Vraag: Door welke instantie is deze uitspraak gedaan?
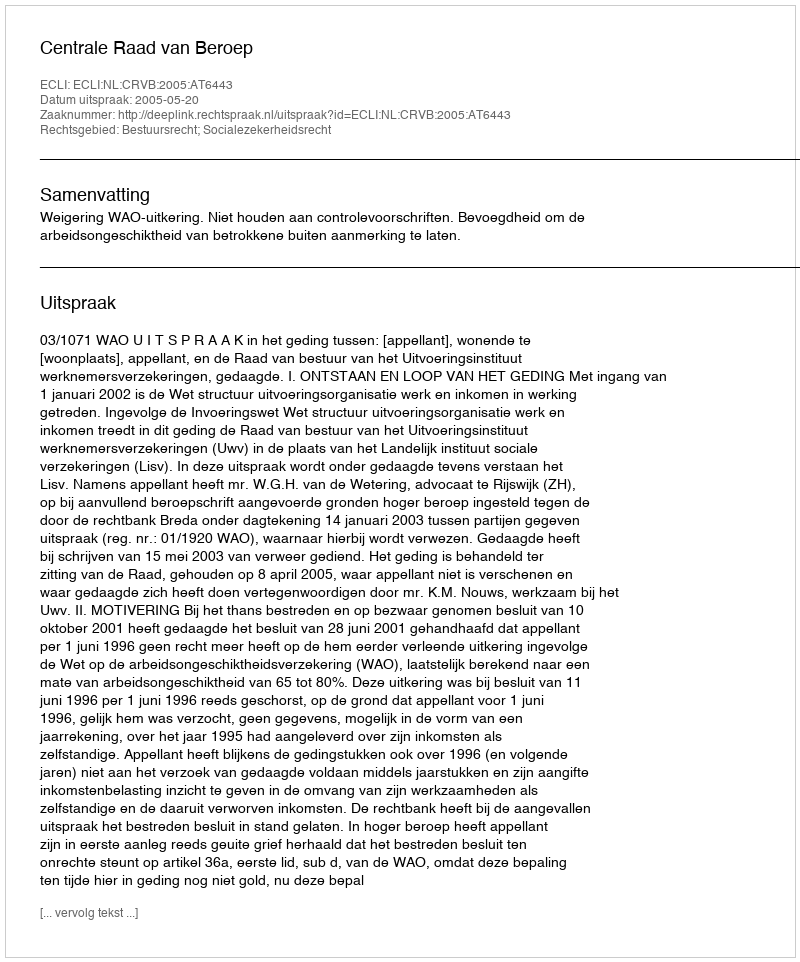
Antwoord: Centrale Raad van Beroep